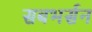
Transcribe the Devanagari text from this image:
सबभर्सन